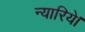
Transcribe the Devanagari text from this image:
न्यारिये।